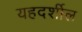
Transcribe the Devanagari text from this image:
यहदर्शील